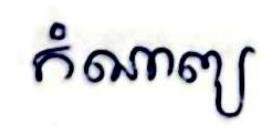
កំណាព្យ